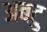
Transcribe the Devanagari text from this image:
अबटु